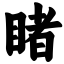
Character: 睹